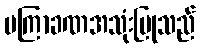
မကြာခဏအသုံးပြုသည်